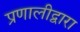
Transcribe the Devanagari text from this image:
प्रणालीद्वारा